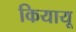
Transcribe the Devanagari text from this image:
कियायू